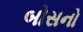
બોસનો